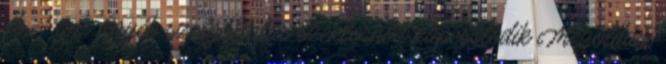
db – a z Egyéb szolgáltatás szektorhoz kapcsolódik Megoldási